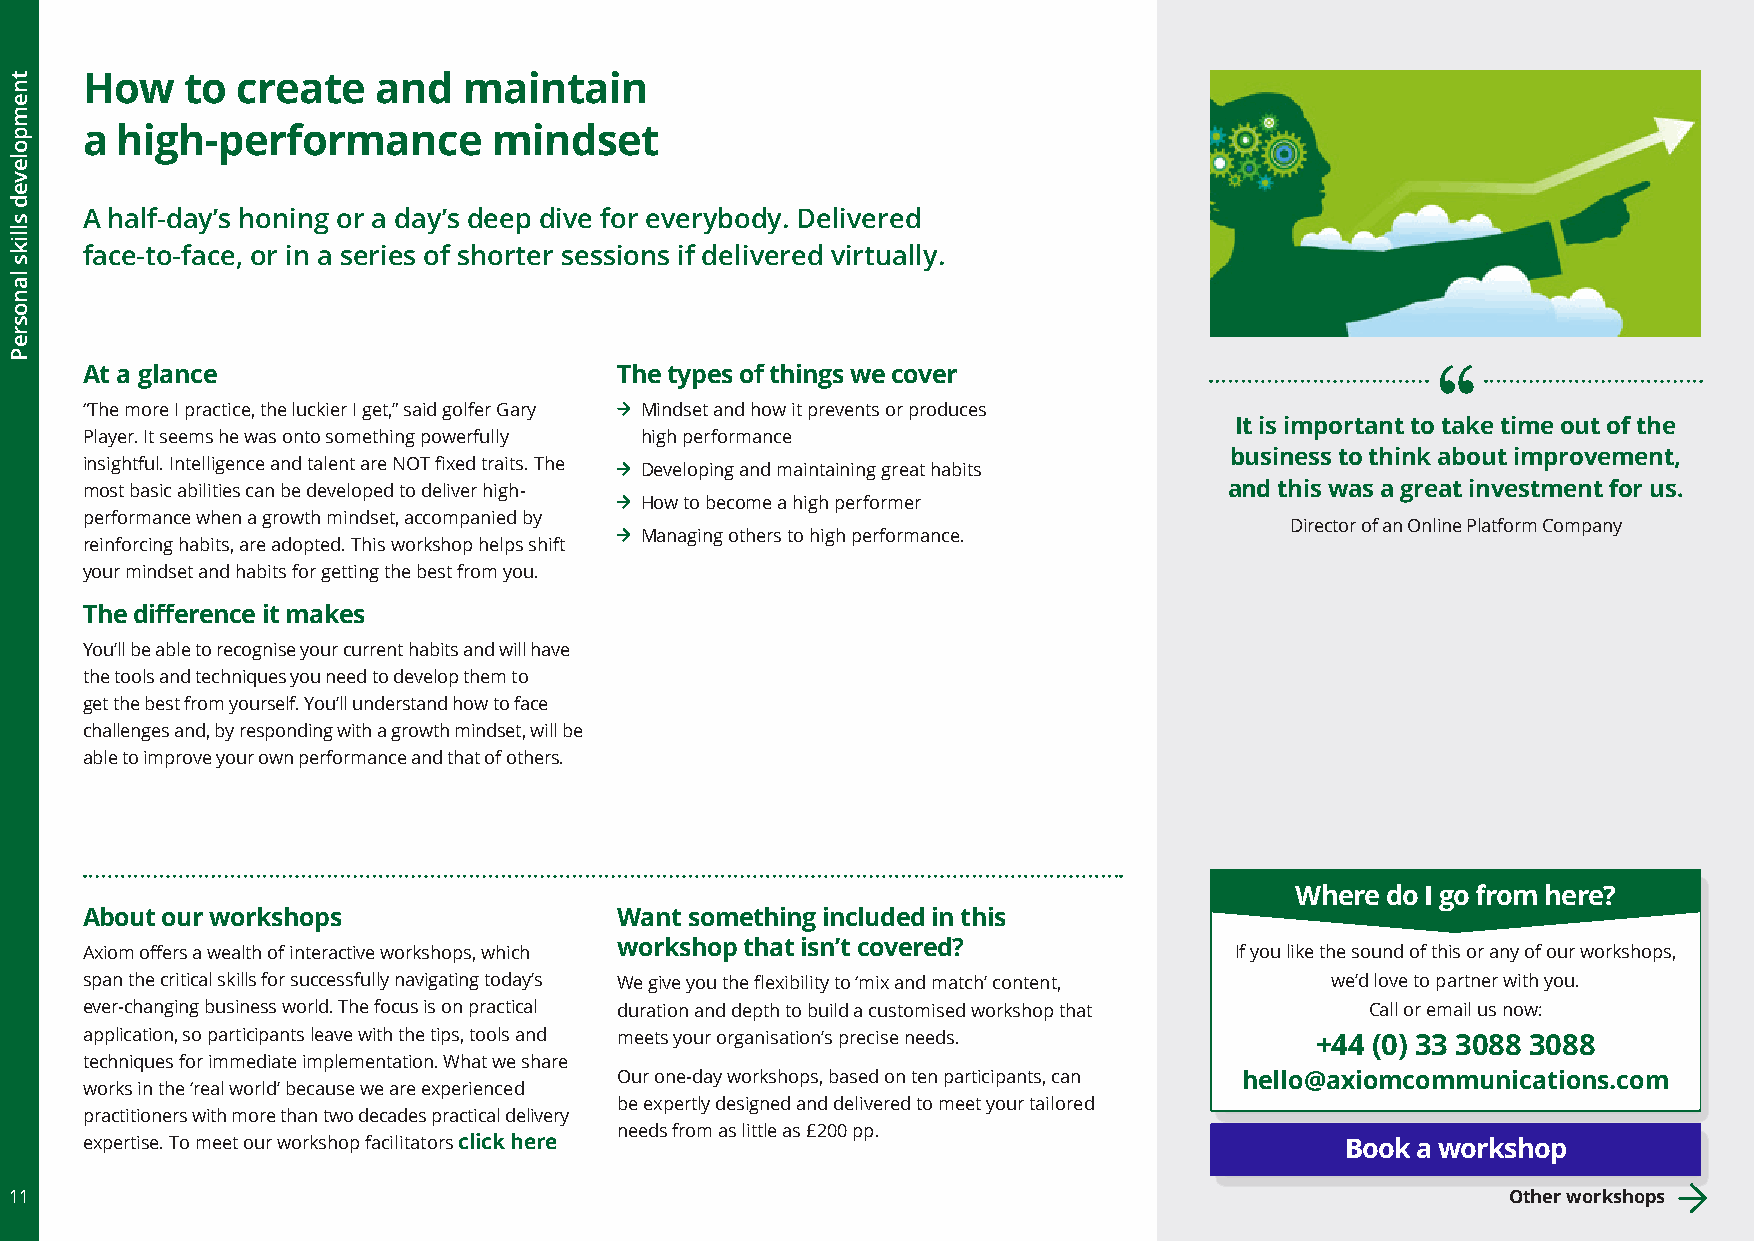
How    to  create   and   maintain
 a  high-performance         mindset
 A half-day’s honing or a day’s deep dive for everybody. Delivered
 face-to-face, or in a series of shorter sessions if delivered virtually.
 At a glance                         The types of things we cover
 “The more I practice, the luckier I get,” said golfer Gary Mindset and how it prevents or produces
 It is important to take time out of the
 Player. It seems he was onto something powerfully high performance
 business to think about improvement,
 insightful. Intelligence and talent are NOT fixed traits. The Developing and maintaining great habits
 most basic abilities can be developed to deliver high-                      and this was a great investment for us.
 How to become a high performer
 performance when a growth mindset, accompanied by
 Director of an Online Platform Company
 Managing others to high performance.
 reinforcing habits, are adopted. This workshop helps shift
 your mindset and habits for getting the best from you.
 The difference it makes
 You’ll be able to recognise your current habits and will have
 the tools and techniques you need to develop them to
 get the best from yourself. You’ll understand how to face
 challenges and, by responding with a growth mindset, will be
 able to improve your own performance and that of others.
 Where do I go from here?
 About our workshops                 Want something included in this
 Axiom offers a wealth of interactive workshops, which workshop that isn’t covered? If you like the sound of this or any of our workshops,
 span the critical skills for successfully navigating today’s We give you the flexibility to ‘mix and match’ content, we’d love to partner with you.
 ever-changing business world. The focus is on practical duration and depth to build a customised workshop that Call or email us now:
 application, so participants leave with the tips, tools and meets your organisation’s precise needs. +44 (0) 33 3088 3088
 techniques for immediate implementation. What we share
 Our one-day workshops, based on ten participants, can hello@axiomcommunications.com
 works in the ‘real world’ because we are experienced
 be expertly designed and delivered to meet your tailored
 practitioners with more than two decades practical delivery
 needs from as little as £200 pp.
 expertise. To meet our workshop facilitators click here                             Book a workshop
 11                                                                                                 Other workshops
 tnempoleved
 slliks
 lanosreP